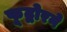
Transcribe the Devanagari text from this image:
फूद्बोरने